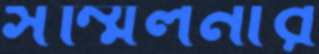
সম্মিলনীর